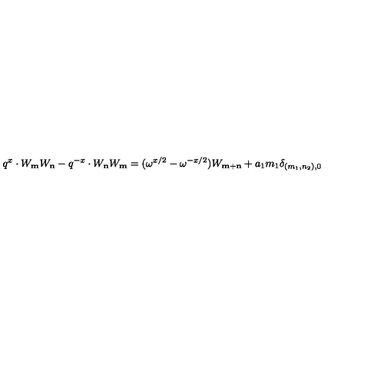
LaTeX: q ^ { x } \cdot W _ { \bf m } W _ { \bf n } - q ^ { - x } \cdot W _ { \bf n } W _ { \bf m } = ( \omega ^ { x / 2 } - \omega ^ { - x / 2 } ) W _ { { \bf m } + { \bf n } } + a _ { 1 } m _ { 1 } \delta _ { ( m _ { 1 } , n _ { 2 } ) , 0 }